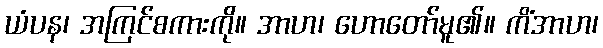
ယံပန၊ အကြင်စကားကို။ အာဟ၊ ဟောတော်မူ၏။ ကိံအာဟ၊